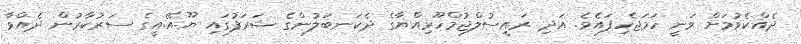
ދެއްކެވުމަށް ވަނީ ހަމަޖެހިފައެވެ. އަދި ރައީސުލްޖުމްހޫރިއްޔާގެ ދެކަނބަލުންގެ ޝަރަފުގައި ޔޫ.އޭ.އީގެ ސަރުކާރުން ދެއްވާ